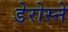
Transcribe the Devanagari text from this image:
डेरोस्ने